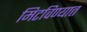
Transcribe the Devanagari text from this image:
मिटविण्यात